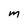
Character: m